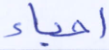
أحياء